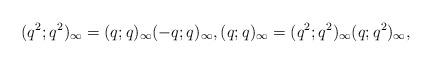
LaTeX: \begin{align*}(q^2;q^2)_{\infty} = (q;q)_{\infty} (-q;q)_{\infty},(q;q)_{\infty} = (q^2;q^2)_{\infty} (q;q^2)_{\infty},\end{align*}